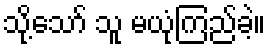
သို့သော် သူ မယုံကြည်ခဲ့။